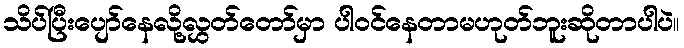
သိပ်ပြီးပျော်နေလို့လွှတ်တော်မှာ ပါဝင်နေတာမဟုတ်ဘူးဆိုတာပါပဲ။